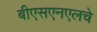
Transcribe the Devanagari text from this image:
बीएसएनएलचे